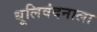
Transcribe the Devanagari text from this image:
धूलिवंदनाला